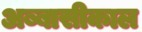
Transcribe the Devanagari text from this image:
अब्बासीकाल